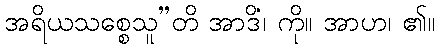
အရိယသစ္စေသူ”တိ အာဒိံ၊ ကို။ အာဟ၊ ၏။